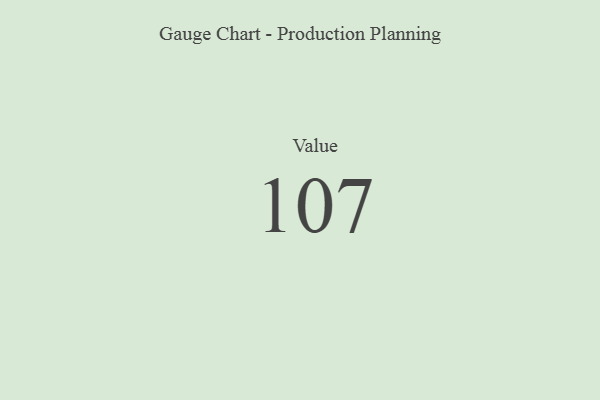
{"axis": {"x": "Metric", "y": "Value"}, "legend": [""], "data": [{"x": "Value", "y": 107, "type": ""}]}